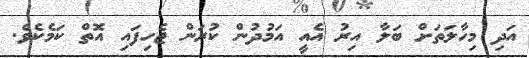
އަދި މިހާލަތަށް ބަލާ އިރު އެއީ އަމުދުން ކުރަން ޖެހިފައި އޮތް ކަމެކެވެ.